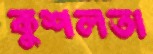
কুশলতা